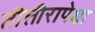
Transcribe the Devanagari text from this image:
तीत्तीरापेक्षा